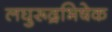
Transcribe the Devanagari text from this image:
लघुरूद्रभिषेक